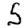
Digit: 5